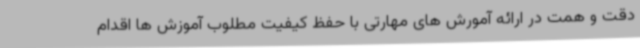
دقت و همت در ارائه آمورش های مهارتی با حفظ کیفیت مطلوب آموزش ها اقدام